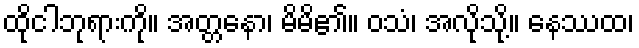
ထိုငါဘုရားကို။ အတ္တနော၊ မိမိ၏။ ဝသံ၊ အလိုသို့။ နေဿထ၊